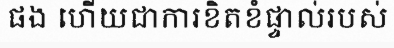
ផង ហើយជាការខិតខំផ្ទាល់របស់